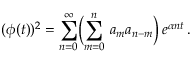
( \phi ( t ) ) ^ { 2 } = \sum _ { n = 0 } ^ { \infty } \Bigl ( \sum _ { m = 0 } ^ { n } \, a _ { m } a _ { n - m } \Bigr ) \, e ^ { \alpha n t } \, .